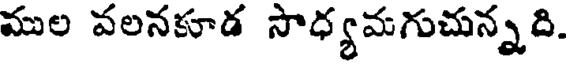
ముల వలనకూడ సాధ్యమగుచున్నది.